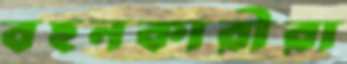
বহনকারীরা